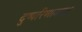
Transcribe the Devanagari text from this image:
दुष्परिणामवश